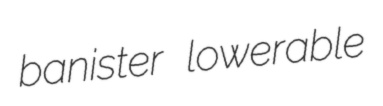
banister lowerable